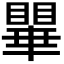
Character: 𭿥